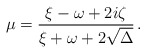
\begin{align*} \mu = \frac{\xi-\omega+2i\zeta}{\xi+\omega+2\sqrt{\Delta}}\, . \end{align*}